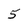
Character: 5